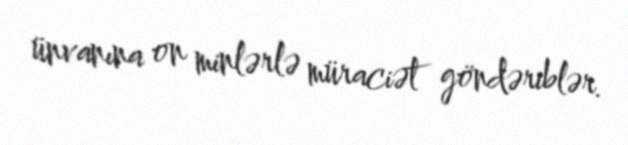
ünvanına on minlərlə müraciət göndəriblər.